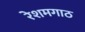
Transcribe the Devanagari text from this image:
रेशमगाठ